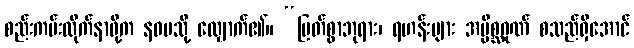
စည်းကမ်းလိုက်နာဖို့က နဝမသို့ လျှောက်၏။ “မြတ်စွာဘုရား၊ ရဟန်းများ အပ္ပိစ္ဆဂုဏ် စသည်ရှိအောင်